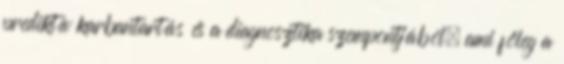
prediktív karbantartás és a diagnosztika szempontjából, ami főleg a